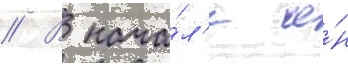
// В нача́л'е о́н